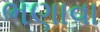
ભણાવા